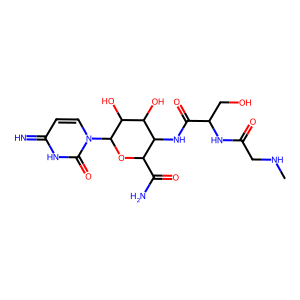
SMILES: CNCC(=O)NC(CO)C(=O)NC1C(C(N)=O)OC(n2ccc(=N)[nH]c2=O)C(O)C1O
Inhibits HIV replication: No